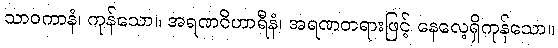
သာဝကာနံ၊ ကုန်သော။ အရဏဝိဟာရီနံ၊ အရဏတရားဖြင့် နေလေ့ရှိကုန်သော။